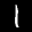
Label: 1